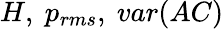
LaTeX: H,~p_{rms},~var(AC)